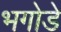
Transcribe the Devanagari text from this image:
भगोडे